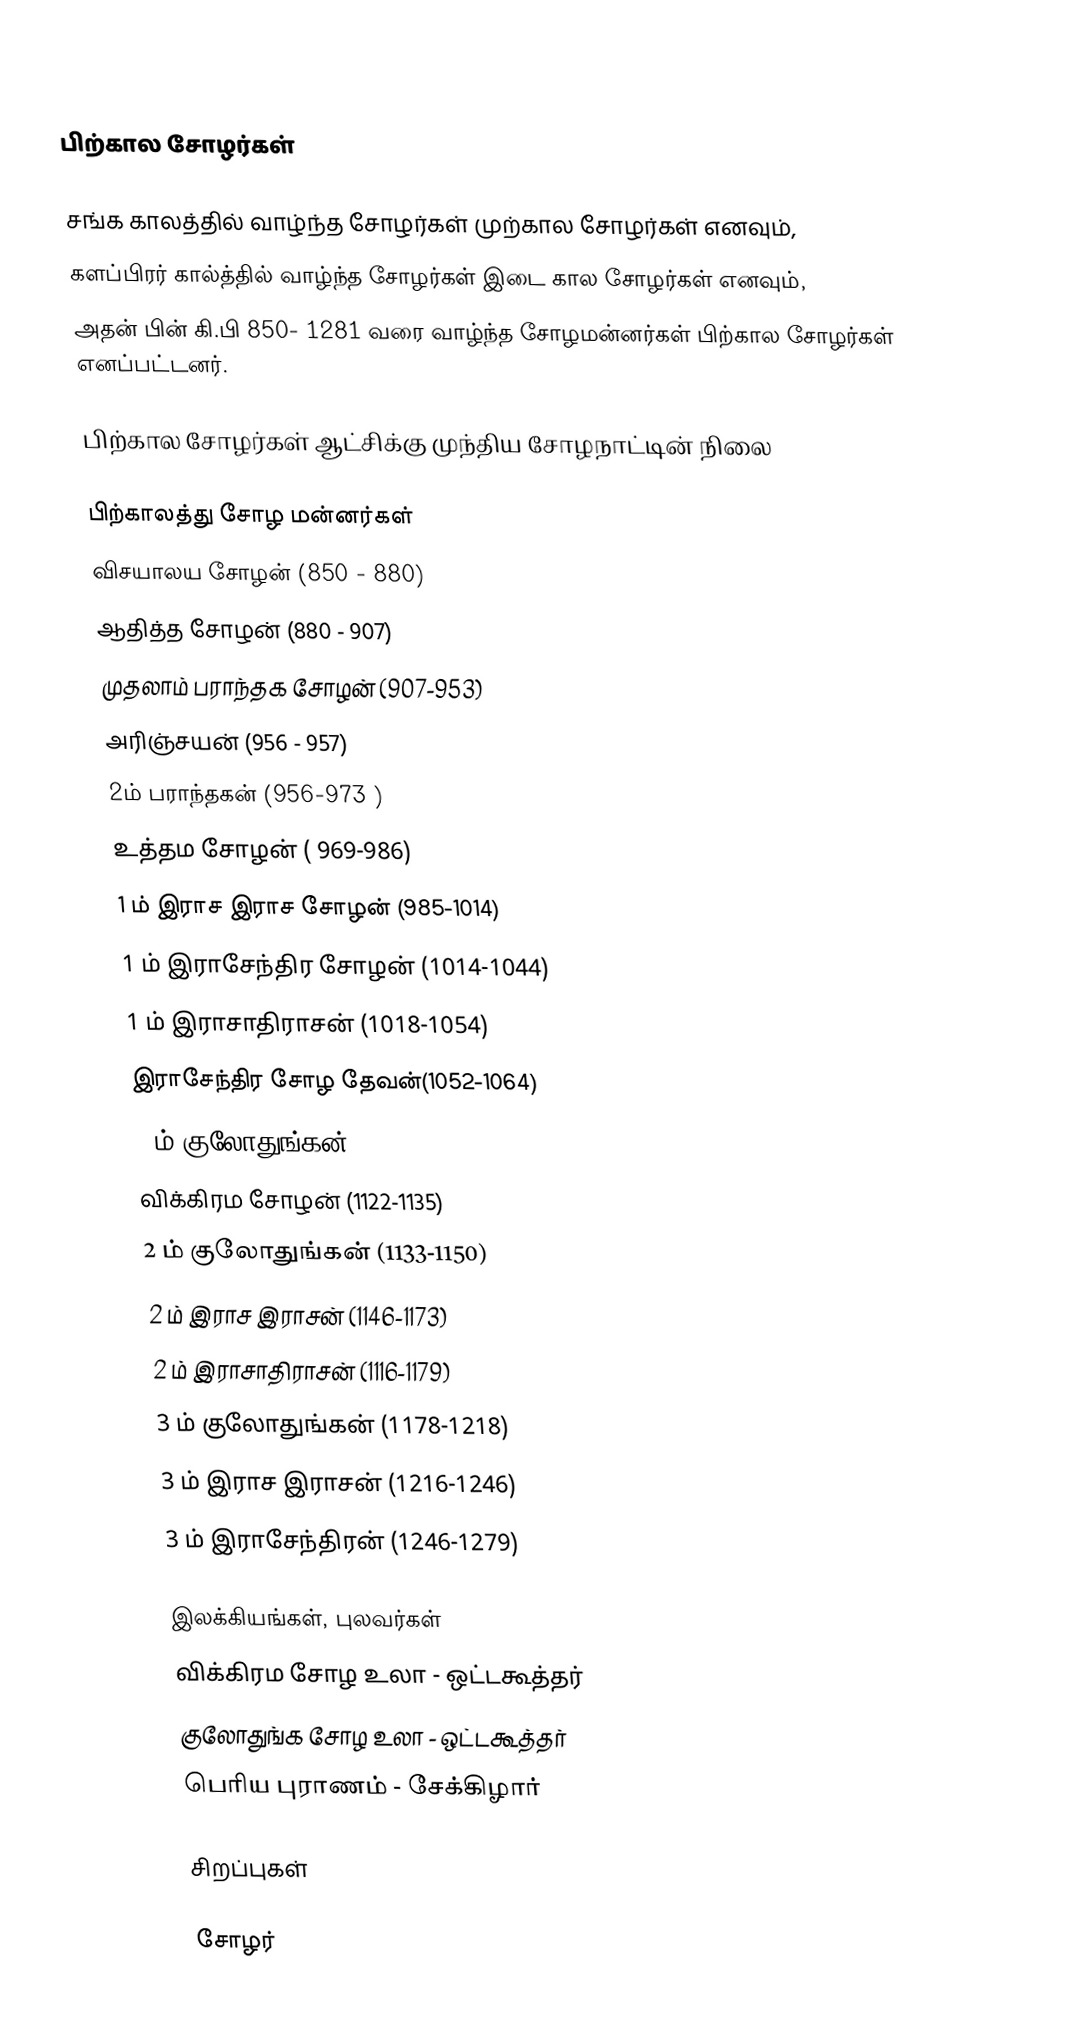

பிற்கால சோழர்கள்

சங்க காலத்தில் வாழ்ந்த சோழர்கள் முற்கால சோழர்கள் எனவும்,
களப்பிரர் கால்த்தில் வாழ்ந்த சோழர்கள் இடை கால சோழர்கள் எனவும்,
அதன் பின் கி.பி 850- 1281 வரை வாழ்ந்த சோழமன்னர்கள் பிற்கால சோழர்கள் எனப்பட்டனர்.

பிற்கால சோழர்கள் ஆட்சிக்கு முந்திய சோழநாட்டின் நிலை

பிற்காலத்து சோழ மன்னர்கள்
விசயாலய சோழன் (850 - 880)
ஆதித்த சோழன் (880 - 907)
முதலாம் பராந்தக சோழன் (907-953)
அரிஞ்சயன் (956 - 957)
2ம் பராந்தகன் (956-973 )
உத்தம சோழன் ( 969-986)
1 ம் இராச இராச சோழன் (985-1014)
1 ம் இராசேந்திர சோழன் (1014-1044)
1 ம் இராசாதிராசன் (1018-1054)
இராசேந்திர சோழ தேவன்(1052-1064)
1 ம் குலோதுங்கன் (1070-1122)
விக்கிரம சோழன் (1122-1135)
2 ம் குலோதுங்கன்  (1133-1150)
2 ம் இராச இராசன் (1146-1173)
2 ம் இராசாதிராசன் (1116-1179)
3 ம் குலோதுங்கன் (1178-1218)
3 ம் இராச இராசன் (1216-1246)
3 ம் இராசேந்திரன் (1246-1279)

இலக்கியங்கள், புலவர்கள்
 விக்கிரம சோழ உலா - ஒட்டகூத்தர்
 குலோதுங்க சோழ உலா - ஒட்டகூத்தர்
 பெரிய புராணம் - சேக்கிழார்

சிறப்புகள்

சோழர்